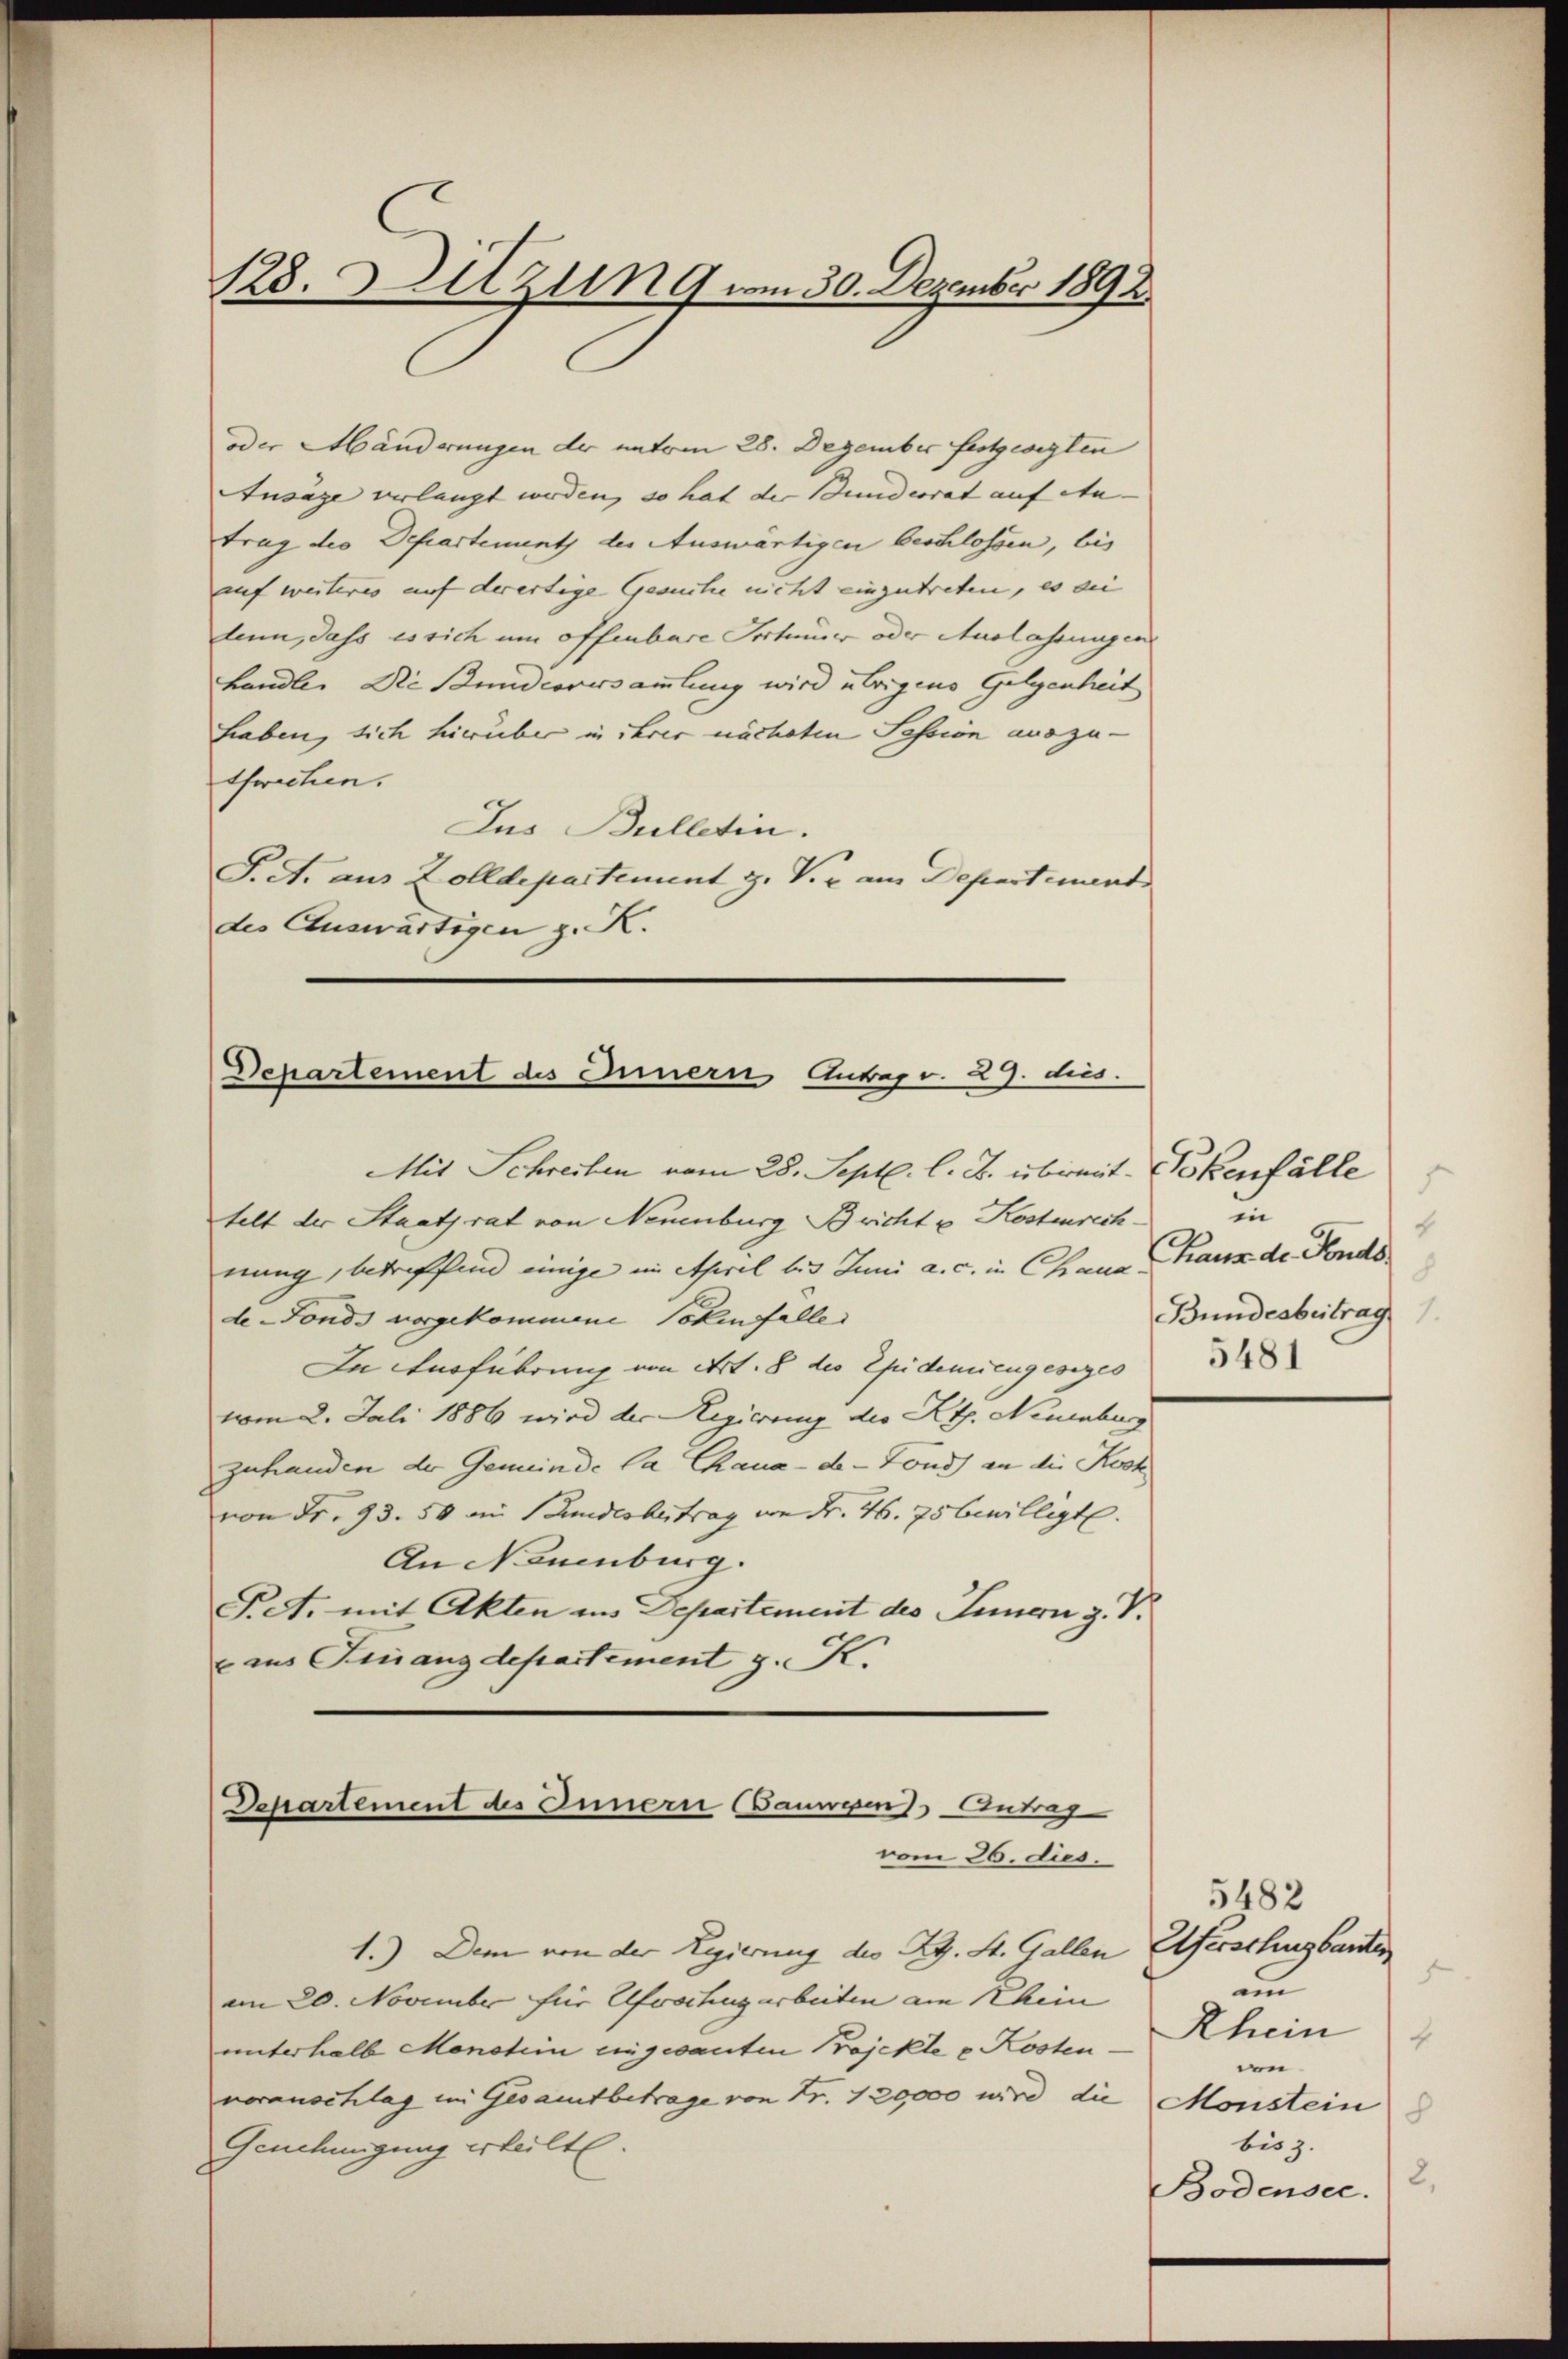
oder Händerungen der unterm 28. Dezember festgesegten
Ansage verlangt werden, so hat der Bundesrat auf An- |
trag der Departement der Auswärtigen beschlossen, bis
auf weiteres auf derartige Gesuche nicht einzutreten, es die
lann, dass es sich um offenbare Technuer oder Auslassungen
handle. Die Bunderesammlung wird übrigens Gelegenheit
haben, sich hierüber in ihrer nächsten Session auszuthwichen.
Jus Bulletin.
S. A. aus Zolldepartement z. V. e am Departement
des Cluswärtigen z. K.

128. Dilzung am 30. Dezember 1892

Departement des Innern Antrags. 29. dies.

Mit Schreiben vom 28. Sept. l. J. übereit. Bekenfälle
telt der Staatsrat von Neuenburg Bricht u. Kostenrechnung, betreffend einige im April bis Juni a. c. in Chaue Kraux de Fonds
de-Fonds vorgekommene Totenfalle
In Ausführung von Art. 8 des Epidemiengesiges
vom 2. Juli 1886 wird der Regierung des Kts. Neuenburg
zuhanden der Gemeinde la Chaux-de-Fonds an die Koch
von Fr. 93. 50 im Bundesbetrag von Fr. 46. 75 bewilligt.
An Neuenburg.
Pct. mit Akten ins Departement des Innern z. V.
eaus Finanzdepartement z. K.

Departement des Innern Bauwesen Antrag
vom 26. dies.

1.) Dem von der Regierung der RG. St. Gallen
am 20. November für Elfvochugarbeiten am Rhein
unterhalb Monstein eingesanten Projekte u Kostennoranschlag im Gesamtbetrage von Fr. 120,000 wird die Monstein
Genehmigung erteilt.

in
6
8
Bundesbeitrag
5481

5482
Uferschusbauter
x
an
Rhein
e
bis z.
2.
Bodensee.